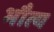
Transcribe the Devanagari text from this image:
भौत्य